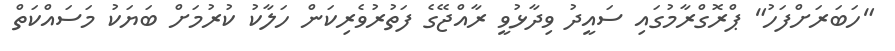
"ހަަބަރަށްފަހު" ޕްރޮގްރާމުގައި ސައީދު ވިދާޅުވީ ރާއްޖޭގެ ފަތުރުވެރިކަން ހަލާކު ކުރުމަށް ބަޔަކު މަސައްކަތް